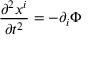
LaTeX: \frac { \partial ^ { 2 } x ^ { i } } { \partial t ^ { 2 } } = - \partial _ { i } \Phi